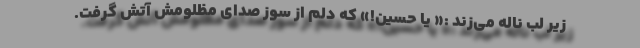
زیر لب ناله می‌زند :« یا حسین!» که دلم از سوز صدای مظلومش آتش گرفت.